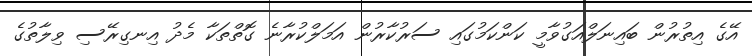
އޭގެ އިތުރުން ބައިނަލްއަގުވާމީ ކަންކަމުގައި ސަރުކާރުން އަމަލްކުރާނެ ގޮތްތަކާ މެދު އިނގިރޭސި ވިލާތުގެ